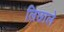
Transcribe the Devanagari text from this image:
लिछाले